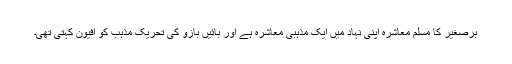
برصغیر کا مسلم معاشرہ اپنی نہاد میں ایک مذہبی معاشرہ ہے اور بائیں بازو کی تحریک مذہب کو افیون کہتی تھی۔